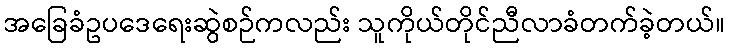
အခြေခံဥပဒေရေးဆွဲစဉ်ကလည်း သူကိုယ်တိုင်ညီလာခံတက်ခဲ့တယ်။